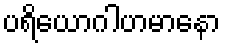
ပရိယောဂါဟမာနော